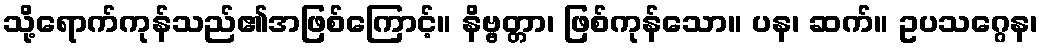
သို့ရောက်ကုန်သည်၏အဖြစ်ကြောင့်။ နိဗ္ဗတ္တာ၊ ဖြစ်ကုန်သော။ ပန၊ ဆက်။ ဥပသဂ္ဂေန၊